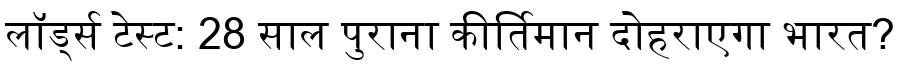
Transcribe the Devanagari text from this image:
लॉर्ड्स टेस्ट: 28 साल पुराना कीर्तिमान दोहराएगा भारत?